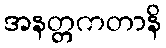
အနတ္တကတာနိ